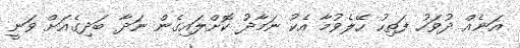
އަނެއް ދުވަހު ފަތިހު ހޭލެވުމާ އެކު ނަމާދު ކޮށްލައިގެން ނަދާ ބަދިގެއަށް ވަނީ